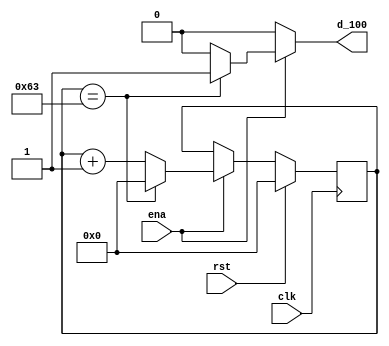
`timescale 1ns / 1ps
//////////////////////////////////////////////////////////////////////////////////
// Company: 
// Engineer: 
// 
// Design Name: 
// Module Name:    divideby100 
// Project Name: 
// Target Devices: 
// Tool versions: 
// Description: 
//
// Dependencies: 
//
// Revision: 
// Revision 0.01 - File Created
// Additional Comments: 
//
//////////////////////////////////////////////////////////////////////////////////
module divideby100(
    input ena,
    input rst,
    input clk,
    output reg d_100
    );
	 
	 // Register to store count and next count so that we can
	 // count from 1 to 100 and then set d_100 to 1 every cycle.
	 reg [0:7] count, next_count;
	 
	 // Sequential block
	 always @(posedge clk) begin
		count <= next_count;
	 end
	 
	 // Combinational block for count
	 always @(ena, rst, count) begin
		
		
		// Default logic	
		next_count = count;	
		d_100 = 0;


		//Handle adding 1
		if ( ena == 1) begin
			next_count = count + 1;

				if ( count == 99) begin
					next_count = 0;
					d_100 = 1;
				end
		end

		//Priority
		if (rst == 1) begin
			next_count = 0;
		end


		
		
	end // end of combinational block
	 


endmodule